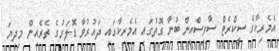
އެމެރިކާގެ ސީކްރެޓް ސާވިސްއިން ބުނާ ގޮތުގައި އެމެރިކާގައި ދައުރުވާ ޑޮލަރުގެ ތެރެއިން މިދިޔަ